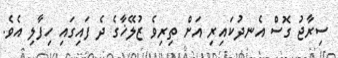
ސިރާޖު ގޮސް އެނދުކައިރި އަށް ތިރިވެ ޒުލޭޚާގެ ދެ ފައިގައި ހިފާލި އެވެ.